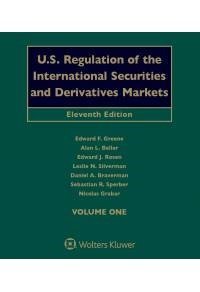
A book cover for U.s. Regulation of the International Securities and Derivatives Markets; Edward F. Greene; Law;